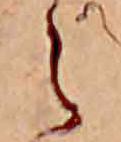
え